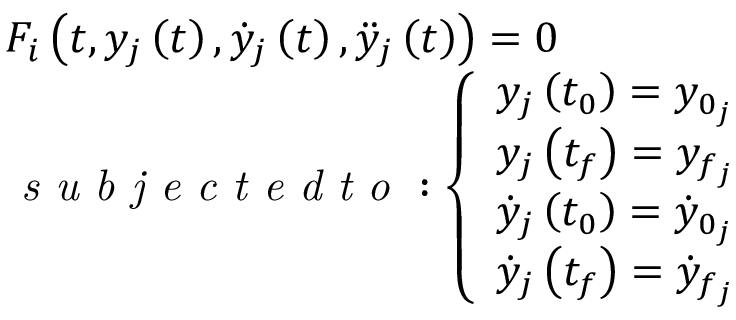
\begin{array} { r l } & { { { F } _ { i } } \left( t , { { y } _ { j } } \left( t \right) , { { { \dot { y } } } _ { j } } \left( t \right) , { { { \ddot { y } } } _ { j } } \left( t \right) \right) = 0 } \\ & { \textit { s u b j e c t e d t o } : \left\{ \begin{array} { l } { { { y } _ { j } } \left( { { t } _ { 0 } } \right) = { { y } _ { { { 0 } _ { j } } } } } \\ { { { y } _ { j } } \left( { { t } _ { f } } \right) = { { y } _ { { { f } _ { j } } } } } \\ { { { { \dot { y } } } _ { j } } \left( { { t } _ { 0 } } \right) = { { { \dot { y } } } _ { { { 0 } _ { j } } } } } \\ { { { { \dot { y } } } _ { j } } \left( { { t } _ { f } } \right) = { { { \dot { y } } } _ { { { f } _ { j } } } } } \end{array} \right. } \end{array}